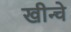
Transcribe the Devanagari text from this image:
खीन्चे